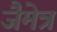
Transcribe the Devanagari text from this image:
जैमेत्र